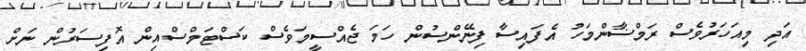
އަދި މިއަހަރުވެސް ރަމްޟާންމަހު އެފައިސާ ފިނޭންސުން ހަމަ ޖެއްސީމަވެސް ކަސްޓަމްސްއިން އޮފިސަރުން ނަށް